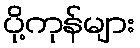
ပို့ကုန်များ